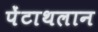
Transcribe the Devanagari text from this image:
पेंटाथलान